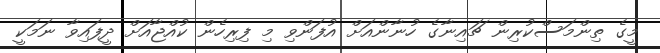
މީގެ ތިންމަސްކުރިން ޗައިނާގެ ހުނާންއަށް އުފަންވި މި ފިރިހެން ކުއްޖާއަށް ދީފައިވާ ނަމަކީ